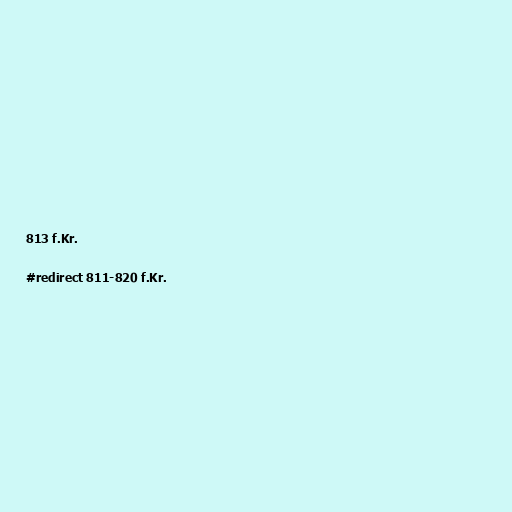
813 f.Kr.

#redirect 811-820 f.Kr.